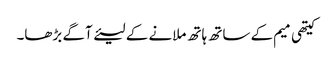
کیتھی میم کے ساتھ ہاتھ ملانے کے لیئے آگے بڑھا۔